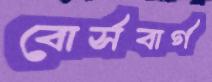
বোর্সবার্গ